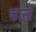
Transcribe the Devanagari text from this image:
कान्ग्रे